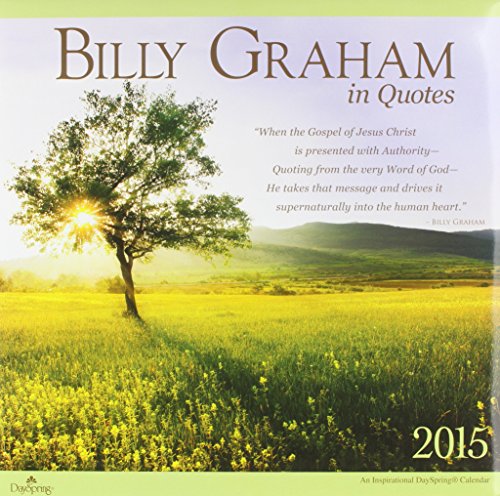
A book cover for Billy Graham in Quotes  2015 Calendar; Calendars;